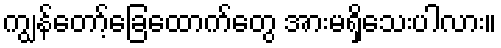
ကျွန်တော့်ခြေထောက်တွေ အားမရှိသေးပါလား။